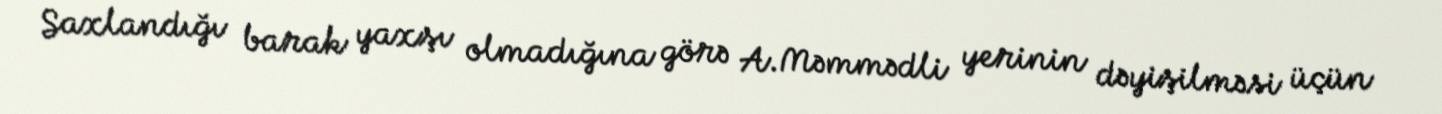
Saxlandığı barak yaxşı olmadığına görə A.Məmmədli yerinin dəyişilməsi üçün